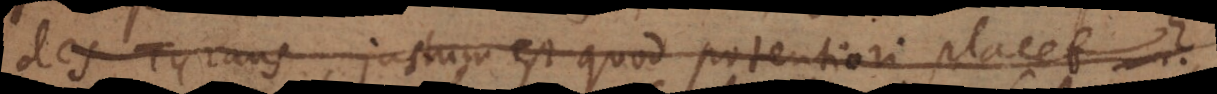
des tyrans, justum est quod potentiori placet?